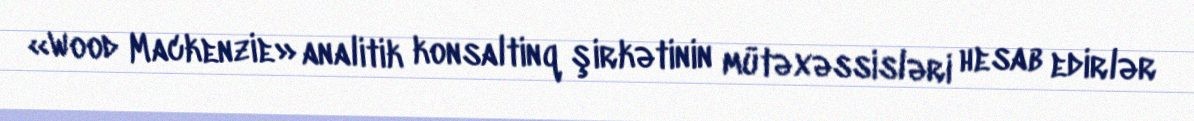
«Wood Mackenzie» analitik konsaltinq şirkətinin mütəxəssisləri hesab edirlər